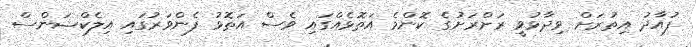
ފުއާދު އިތުރަށް ވިދާޅުވީ ރަށްރަށުގެ ކޮންމެ އަތޮޅެއްގައި ވެސް އަތޮޅު ފެންވަރުގައި އިލެކްޝަންސް